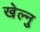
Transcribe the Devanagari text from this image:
खेल्नु